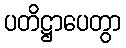
ပတိဋ္ဌာပေတွာ